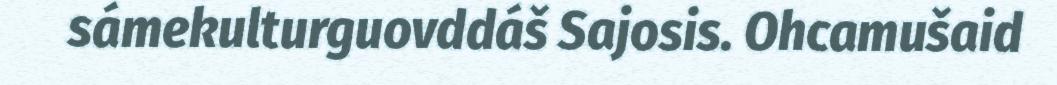
sámekulturguovddáš Sajosis. Ohcamušaid